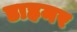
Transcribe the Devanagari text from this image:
डाहमर